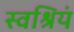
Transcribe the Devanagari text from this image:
स्वश्रियं